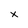
Character: x